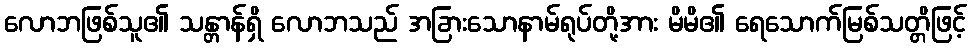
လောဘဖြစ်သူ၏ သန္တာန်ရှိ လောဘသည် အခြားသောနာမ်ရုပ်တို့အား မိမိ၏ ရေသောက်မြစ်သတ္တိဖြင့်